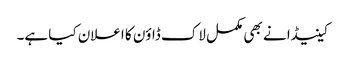
کینیڈا نے بھی مکمل لاک ڈاؤن کا اعلان کیا ہے۔